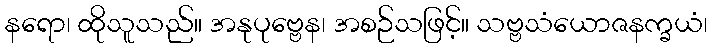
နရော၊ ထိုသူသည်။ အနုပုဗ္ဗေန၊ အစဉ်သဖြင့်။ သဗ္ဗသံယောဇနက္ခယံ၊